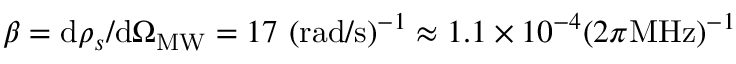
\beta = \mathrm { d } \rho _ { s } / \mathrm { d } \Omega _ { \mathrm { M W } } = 1 7 \ ( \mathrm { r a d / s } ) ^ { - 1 } \approx 1 . 1 \times 1 0 ^ { - 4 } ( 2 \pi \mathrm { M H z } ) ^ { - 1 }